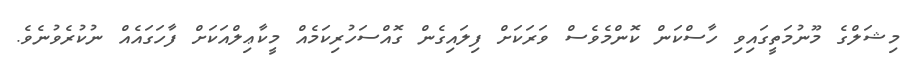
މިޝަލްގެ މޫނުމަތީގައިވި ހާސްކަން ކޮންމެވެސް ވަރަކަށް ފިލައިގެން ގޮއްސަހުރިކަމެއް މީކާޢިލްއަކަށް ފާހަގައެއް ނުކުރެވުނެވެ.